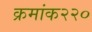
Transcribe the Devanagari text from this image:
क्रमांक२२०